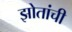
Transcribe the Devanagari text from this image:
झोतांची